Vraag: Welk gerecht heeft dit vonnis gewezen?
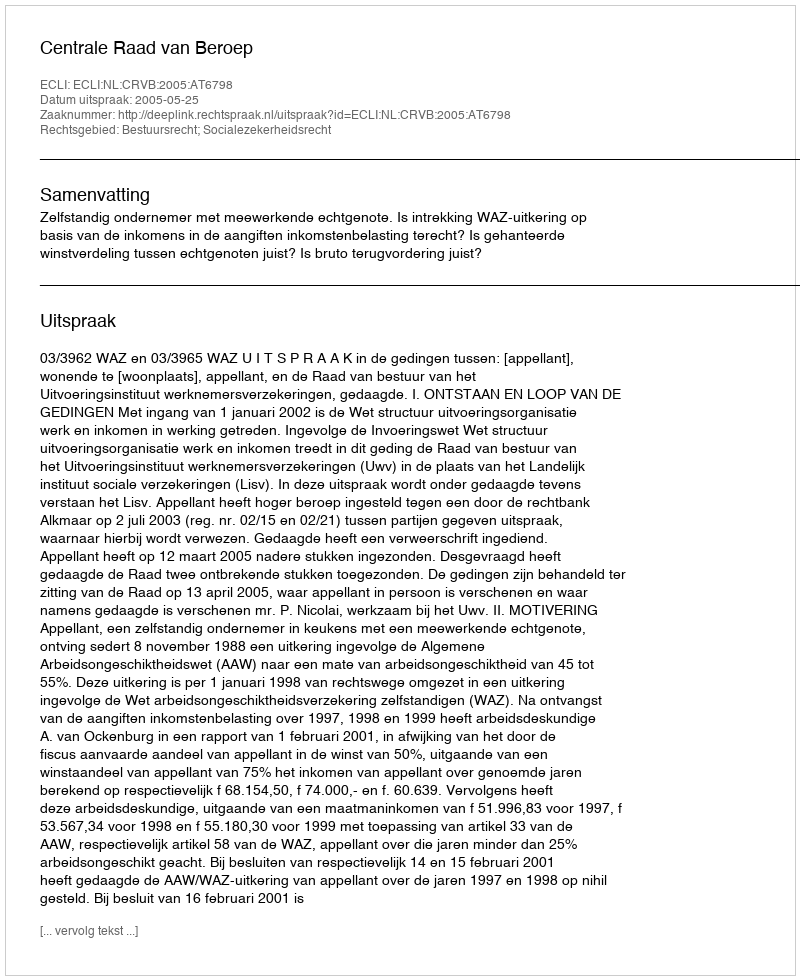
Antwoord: Centrale Raad van Beroep